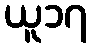
ယူ၁၇